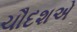
ચૌદશએ